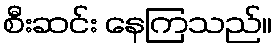
စီးဆင်း နေကြသည်။